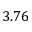
3 . 7 6